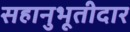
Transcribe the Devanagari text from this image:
सहानुभूतीदार